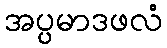
အပ္ပမာဒဖလံ